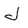
Character: J